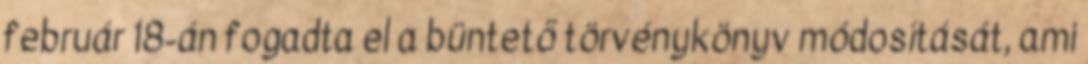
február 18-án fogadta el a büntető törvénykönyv módosítását, ami